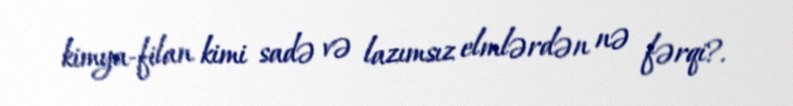
kimya-filan kimi sadə və lazımsız elmlərdən nə fərqi?.